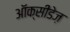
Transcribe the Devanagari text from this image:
ऑक्सीडेज़